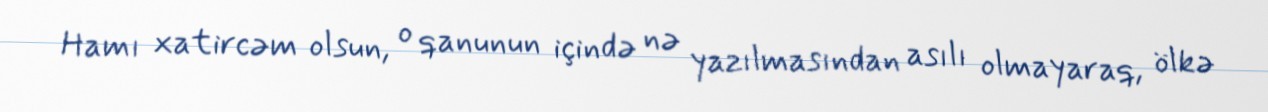
Hamı xatircəm olsun, o qanunun içində nə yazılmasından asılı olmayaraq, ölkə